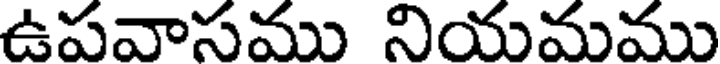
ఉపవాసము నియమము